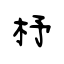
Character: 杼